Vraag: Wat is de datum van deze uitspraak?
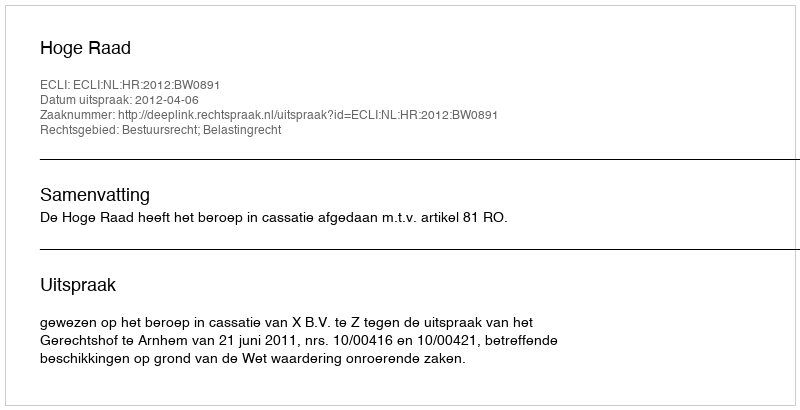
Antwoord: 2012-04-06